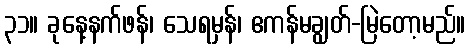
၃၁။ ခုနေ့နက်ဖန်၊ သေရမှန်၊ ဧကန်မချွတ်-မြဲတော့မည်။